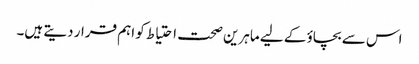
اس سے بچاؤ کے لیے ماہرین صحت احتیاط کو اہم قرار دیتے ہیں۔